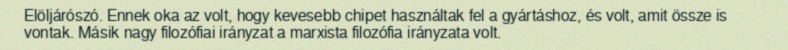
Elöljárószó. Ennek oka az volt, hogy kevesebb chipet használtak fel a gyártáshoz, és volt, amit össze is vontak. Másik nagy filozófiai irányzat a marxista filozófia irányzata volt.